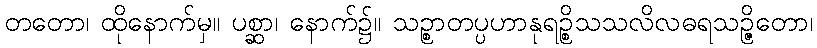
တတော၊ ထိုနောက်မှ။ ပစ္ဆာ၊ နောက်၌။ သဉ္စာတပ္ပဟာနုရဉ္စိသသလိလဓရသဉ္ဇိတော၊